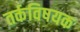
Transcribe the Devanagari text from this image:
तर्कविषयक